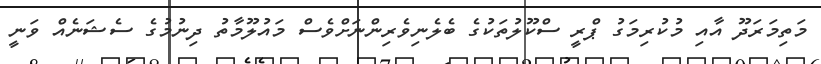
މަތިމަރަދޫ އާއި މުކުރިމަގު ޕްރީ ސްކޫލުތަކުގެ ބެލެނިވެރިންނަށްވެސް މައުލޫމާތު ދިނުމުގެ ސެޝަނެއް ވަނީ